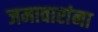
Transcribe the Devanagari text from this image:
जनावारांना